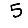
Digit: 5